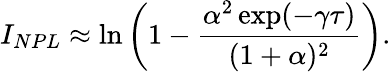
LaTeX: I_{NPL}\approx\ln\left(1-\frac{\alpha^{2}\exp(-\gamma\tau)}{(1+\alpha)^{2}}\right).